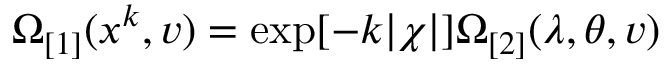
\Omega _ { \lbrack 1 ] } ( x ^ { k } , v ) = \exp [ - k | \chi | ] \Omega _ { \lbrack 2 ] } ( \lambda , \theta , v )